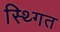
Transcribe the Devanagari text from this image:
स्थ्गित